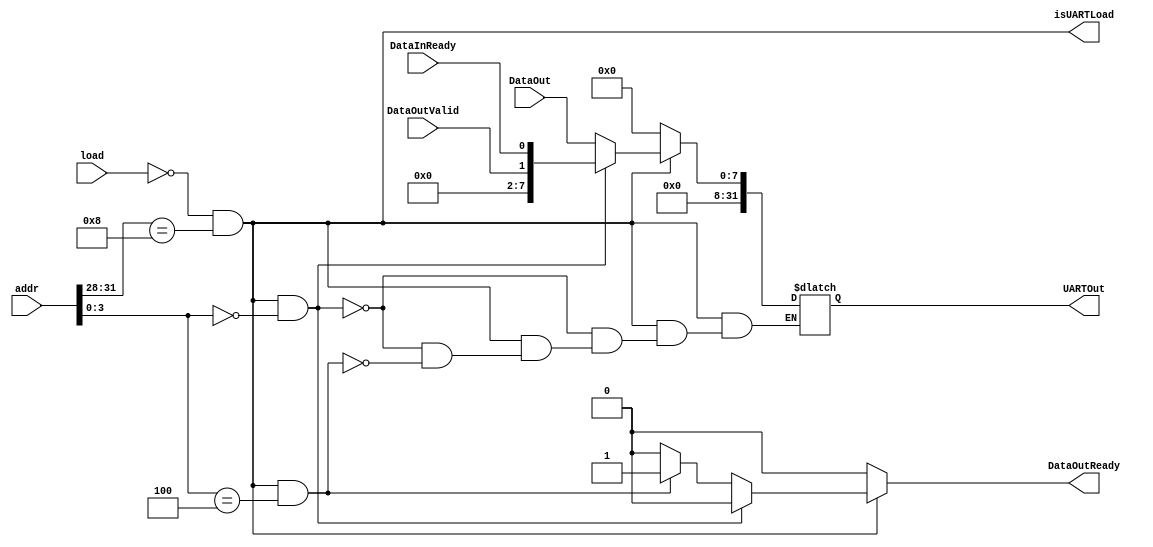
module UARTReader(
	input [31:0] addr,
	input load, 	       // regardless to where, it needs to load
	input [7:0] DataOut,   // Data from UART
	input DataOutValid,    // Data from UART
	input DataInReady,     // DataInready
	output reg [31:0] UARTOut, // MemOut
	output reg DataOutReady,  // After Readfrom UART
	output isUARTLoad
	);
	
	wire [1:0] offset; 
	assign offset = addr[1:0];  // offset
	assign isUARTLoad = ~load && (addr[31:28] == 4'b1000);
	wire UARTControl;
	assign UARTControl = isUARTLoad && (addr[3:0] == 4'b0000);
	wire UARTDATA;
	assign UARTDATA = isUARTLoad && (addr[3:0] == 4'b0100);


	// Reading
	always@(*) begin
		if (isUARTLoad) begin
			if(UARTControl) begin
				UARTOut = {30'b0, DataOutValid, DataInReady};
				DataOutReady = 1'b0;						
			end
			else if(UARTDATA) begin
				UARTOut = {24'b0, DataOut};
				DataOutReady = 1'b1;
			end
			else begin
				DataOutReady = 1'b0;
			end

		end
		else begin
			UARTOut = 32'b0;
			DataOutReady = 1'b0;
		end
	end


      
endmodule